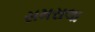
સમરાલા